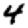
Digit: 4